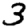
Digit: 3